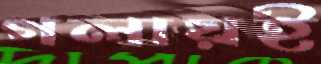
গলায়ই